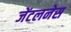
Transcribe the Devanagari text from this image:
जेंटलनेस